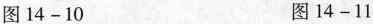
图14-10 图14-11